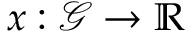
x : \mathcal { G } \rightarrow \mathbb { R }